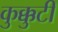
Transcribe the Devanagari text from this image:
कुक्कुटी